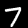
Digit: 7